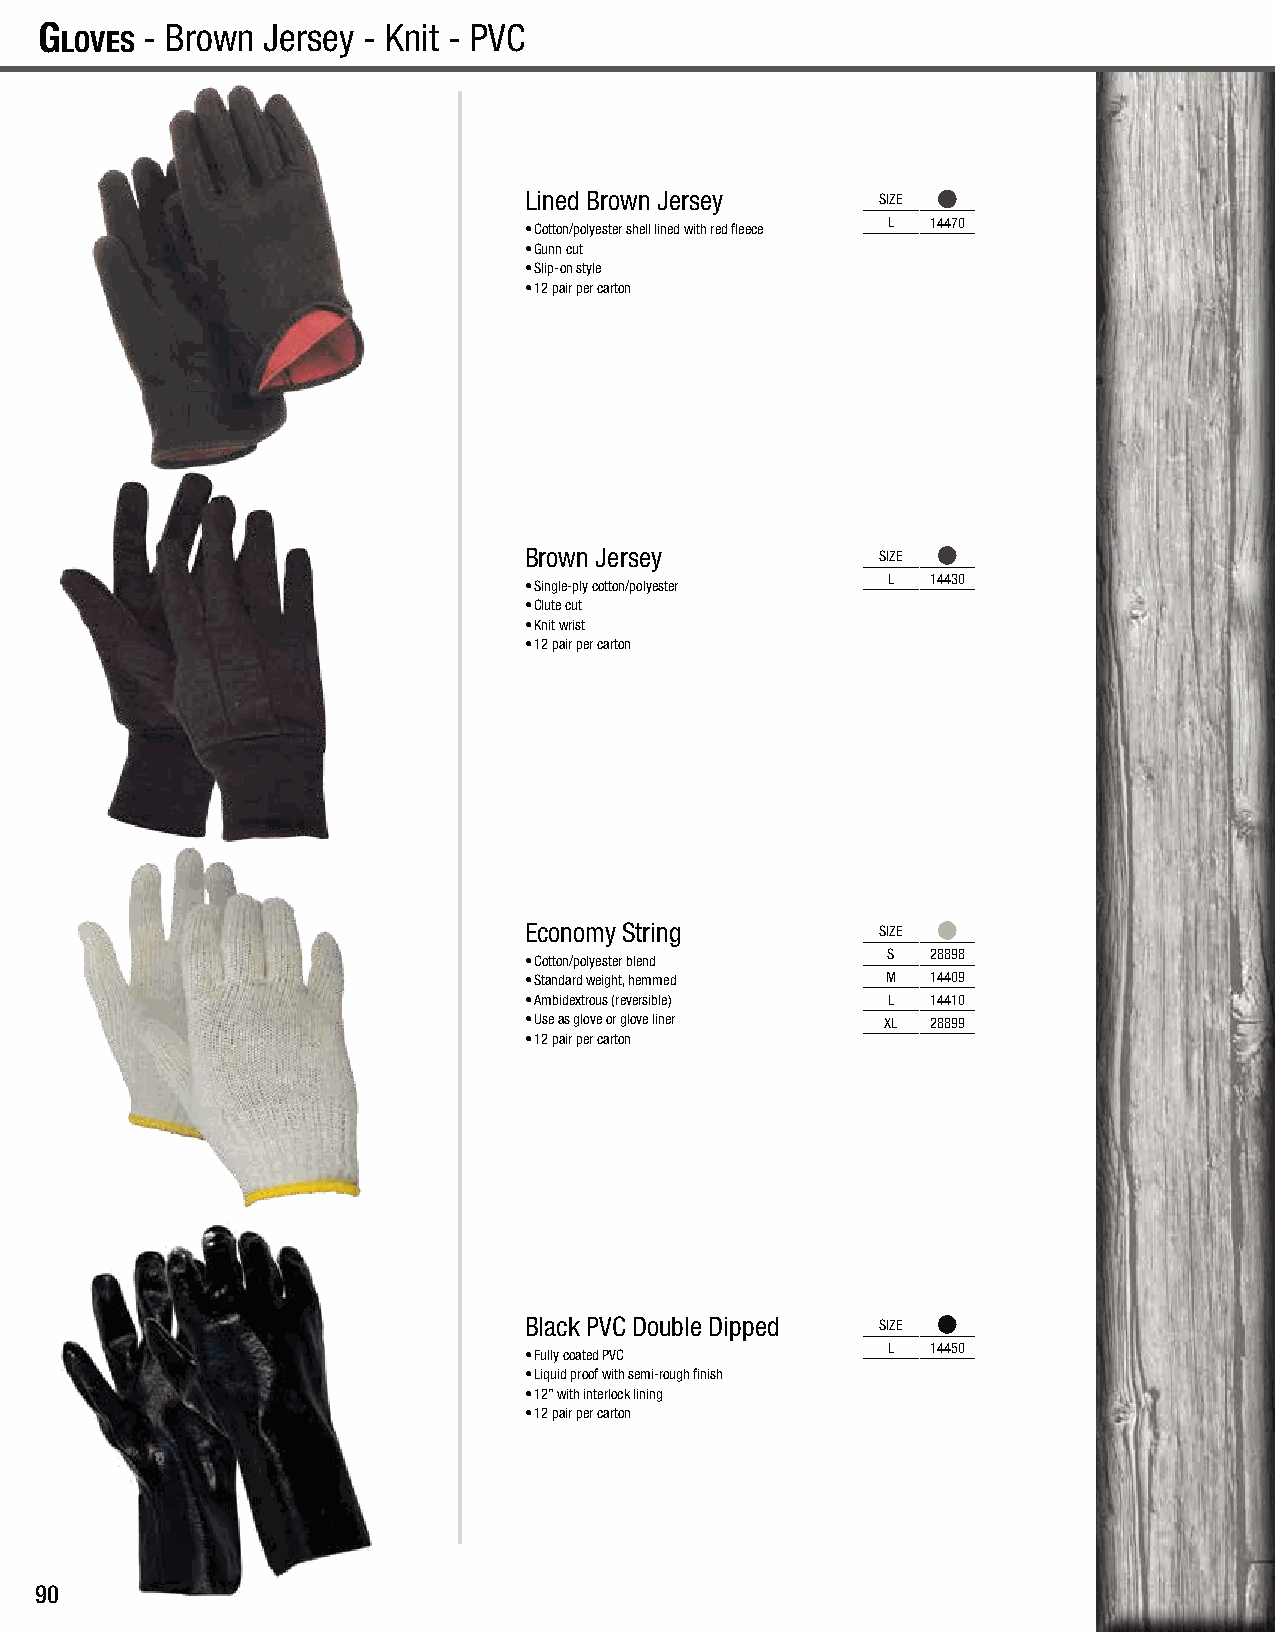
G
 loves
 - Brown Jersey - Knit - PVC                                                            G
 loves
 Lined Brown Jersey     SIZE
 L  14470
 • Cotton/polyester shell lined with red fleece
 • Gunn cut
 • Slip-on style
 • 12 pair per carton
 Brown Jersey           SIZE
 L  14430
 • Single-ply cotton/polyester
 • Clute cut
 • Knit wrist
 • 12 pair per carton
 Economy String         SIZE
 S  28898
 • Cotton/polyester blend
 • Standard weight, hemmed M 14409
 • Ambidextrous (reversible) L 14410
 • Use as glove or glove liner XL 28899
 • 12 pair per carton
 Black PVC Double Dipped SIZE
 L  14450
 • Fully coated PVC
 • Liquid proof with semi-rough finish
 • 12” with interlock lining
 • 12 pair per carton
 90